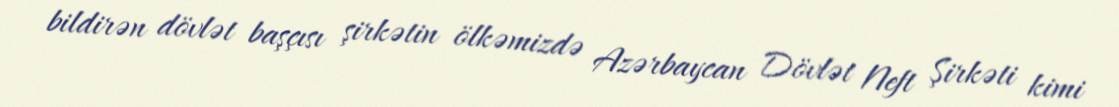
bildirən dövlət başçısı şirkətin ölkəmizdə Azərbaycan Dövlət Neft Şirkəti kimi